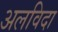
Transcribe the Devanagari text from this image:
अलविदा